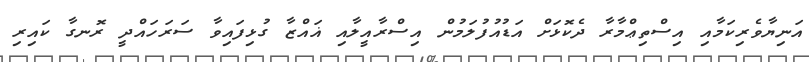
އަނިޔާވެރިކަމާއި އިސްތިޢްމާރާ ދެކޮޅަށް އަޑުއުފުލަމުން އިސްރާއީލާއި ޣައްޒާ ގުޅިފައިވާ ސަރަހައްދީ ރޮނގާ ކައިރި